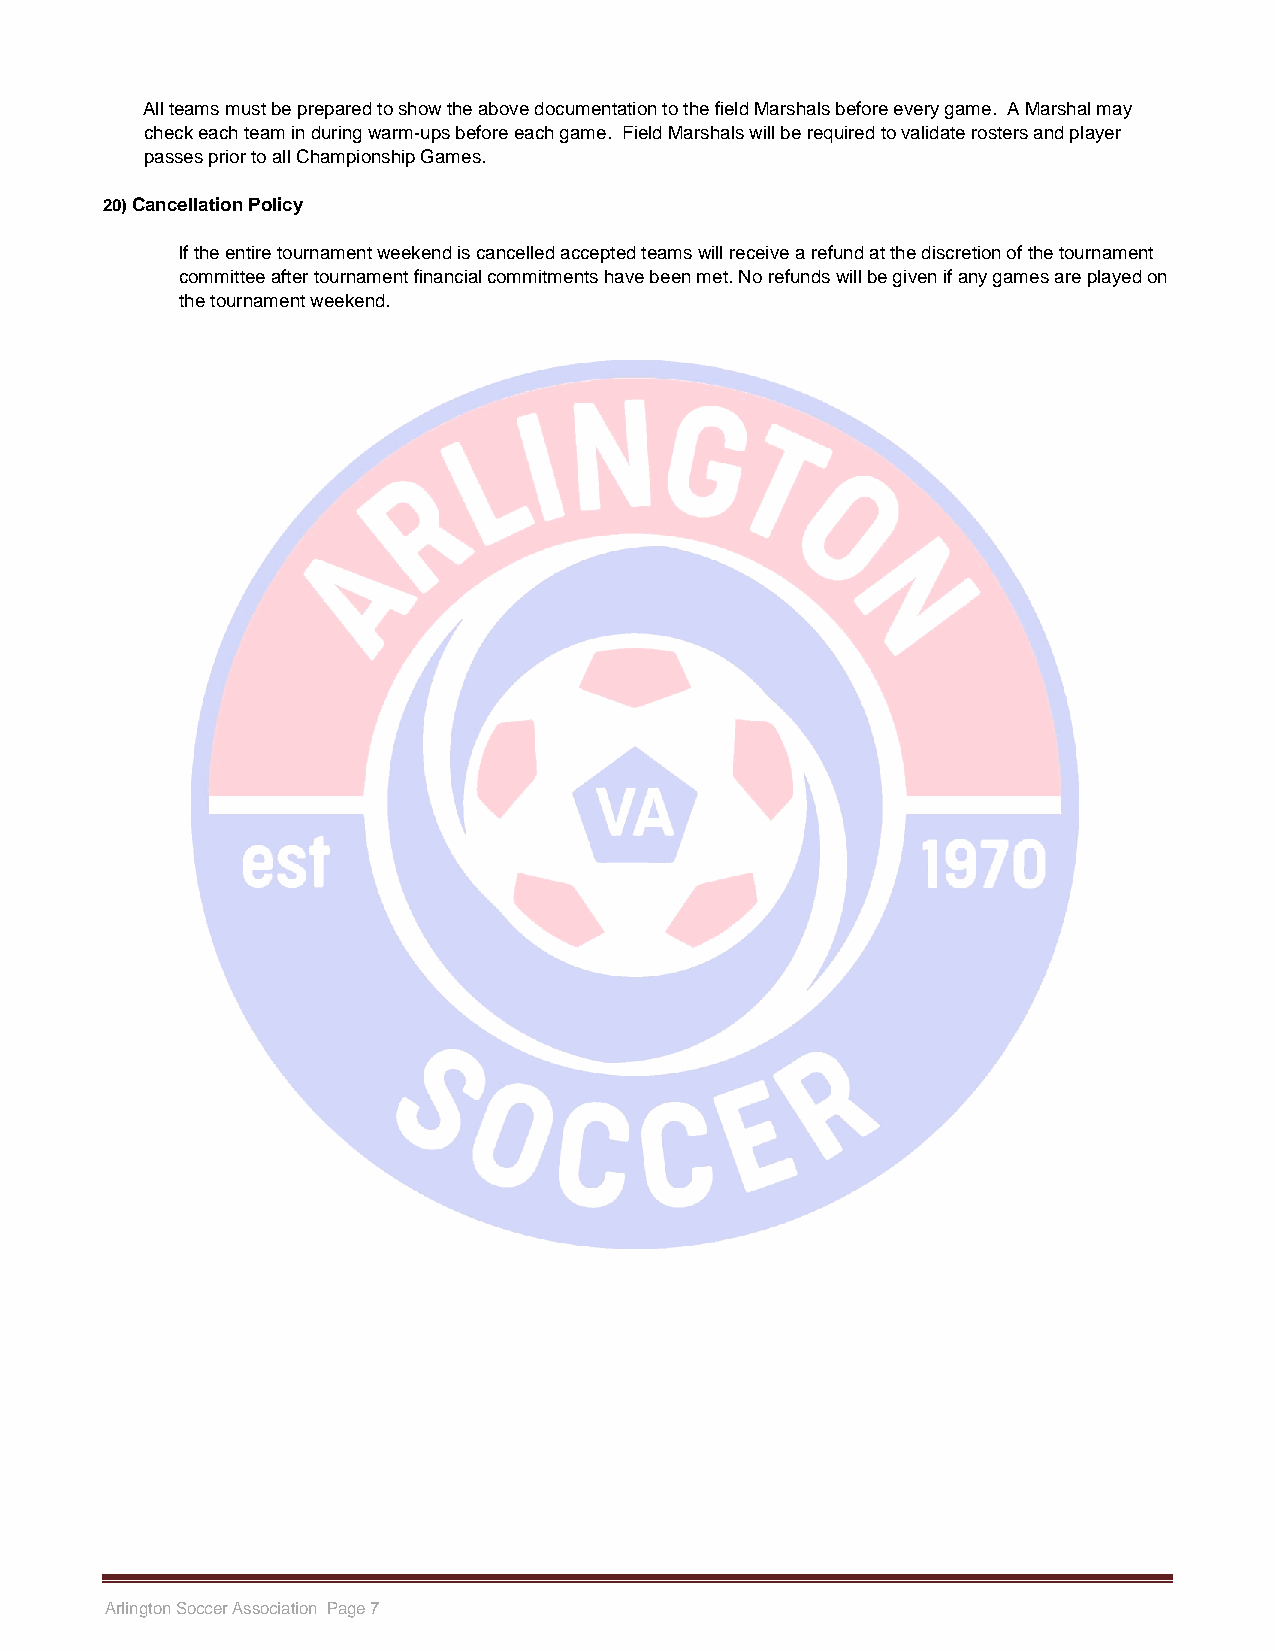
All teams must be prepared to show the above documentation to the field Marshals before every game. A Marshal may
 check each team in during warm-ups before each game. Field Marshals will be required to validate rosters and player
 passes prior to all Championship Games.
 20) Cancellation Policy
 If the entire tournament weekend is cancelled accepted teams will receive a refund at the discretion of the tournament
 committee after tournament financial commitments have been met. No refunds will be given if any games are played on
 the tournament weekend.
 Arlington Soccer Association Page 7